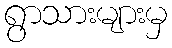
ရွာသားများမှ